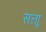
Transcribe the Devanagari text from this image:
सत्ताू